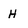
Character: H